Report of the Municipal Commissioner on the plague in Bombay for the year ending 31st May... - Volume 1
Disease focus: Plague
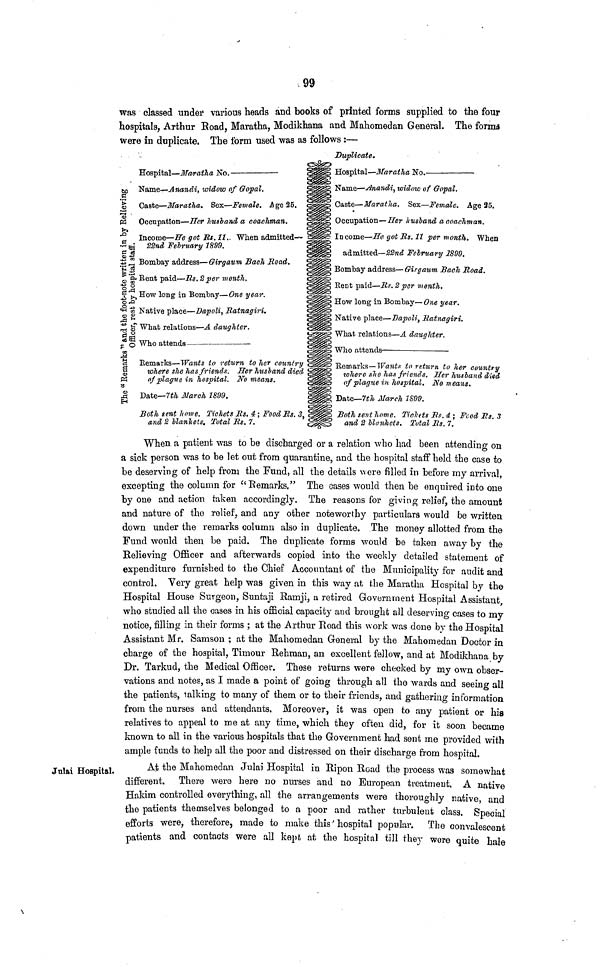
99
was classed under various heads and books of printed forms supplied to the four
hospitals, Arthur Road, Maratha, Modikhana and Mahomedan General. The forma
were in duplicate. The form used was as follows :—
Duplicate.
The "Remarks" and the footnote written in by the Relieving Officer, rest by the hospital staff.
Hospital — Maratha No.
Ñame — Anandi, widow of G opal.
Caste — Maratha. Sex — Female. Age 25. £§8gië
Occupation — .ZTir husband a coachman.
Income — He got Rt.ll. When admitted— cÜsüii
22nd February 1899.
Bombay address — Girgaum Baoh Eoad.
Rent paid — Its. 2 per month.
JsÜÜPJ
How long in Bombay — One year.
Native place — Dapoli, Ratnagiri.
What relations — A daughter.
Who attends
Remarks — Wants to return to her country
where she has friends. Her husband died
of plague in hospital. No means.
Date— 7th March 1899.
Both gent home. Tichcts Us. 4 ; Food Rs. 3,
and 2 blankets. Total Us. 7.
Hospital — Maratha No.
Name — Anan&i, widow of Gopal.
Caste — Maratha. Sex— Female. Age 25.
Occupation — Her husband a coachman.
Income — Ha got Its . 11 per month. When
admitted — 22nd February 2899.
Bombay aààress— Girgaum Bach Road.
Rent paid — Ms. 2 per month.
How long in Bombay— One year.
Native place — Dapoli, Ratnagiri.
What relations — A daughter.
Who attends—
Remarks — Wants to return to her country
where she lias friends. Her husband died
of plague in hospital. No means.
Date— 7th March 1S99.
Both sent home. Tickets Rs. a ; Feed Rs. 3
and 2 blankets. Total Rs. 7.
When a patient was to be discharged or a relation who had been attending on
a sick person was to be let out from quarantine, and the hospital staff held the case to
be deserving of help from the Fund, all the details were filled in before my arrival,
excepting the column for "Remarks." The cases would then be enquired into one
by one and action taken accordingly. The reasons for giving relief, the amount
and nature of the relief, and any other noteworthy particulars would be written
down under the remarks column also in duplicate. The money allotted from the
Fund would then be paid. The duplicate forms would be taken away by the
Relieving Officer and afterwards copied into the weekly detailed statement of
expenditure furnished to the Chief Accountant of the Municipality for audit and
control. Very great help was given in this way at the Maratha Hospital by the
Hospital House Surgeon, Suntaji Ramji, a retired Government Hospital Assistant
who studied all the cases in his official capacity and brought all deserving cases to my
notice, filling in their forms ; at the Arthur Road this work was done by the Hospital
Assistant Mr. Samson ; at the Mahomedan General by the Mahomedan Doctor in
charge of the hospital, Timour Rehraan, an excellent fellow, and at Modikhana by
Dr. Tarkud, the Medical Officer. These returns were checked by my own obser-
vations and notes, as I made a point of going through all the wards and seeing all
the patients, talking to many of them or to their friends, and gathering information
from the nurses and attendants. Moreover, it was open to any patient or his
relatives to appeal to me at any time, which they often did, for it soon became
known to all in the various hospitals that the Government had sent me provided with
ample funds to help all the poor and distressed on their discharge from hospital.
Julai Hospital.
At the Mahomedan Julai Hospital in Ripon Road the process was somewhat
different. There were here no nurses and no European treatment. A native
Hakim controlled everything, all the arrangements were thoroughly native, and
the patients themselves belonged to a poor and rather turbulent class. Special
efforts were, therefore, made to make this hospital popular. The convalescent
patients and contacts were all kept, at the hospital till they were quite hale